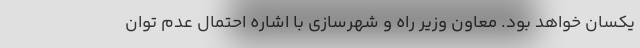
یکسان خواهد بود. معاون وزیر راه و شهرسازی با اشاره احتمال عدم توان